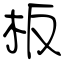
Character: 板